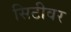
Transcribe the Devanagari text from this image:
सिटीवर